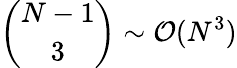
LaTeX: \binom{N-1}{3}\sim\mathcal{O}(N^{3})